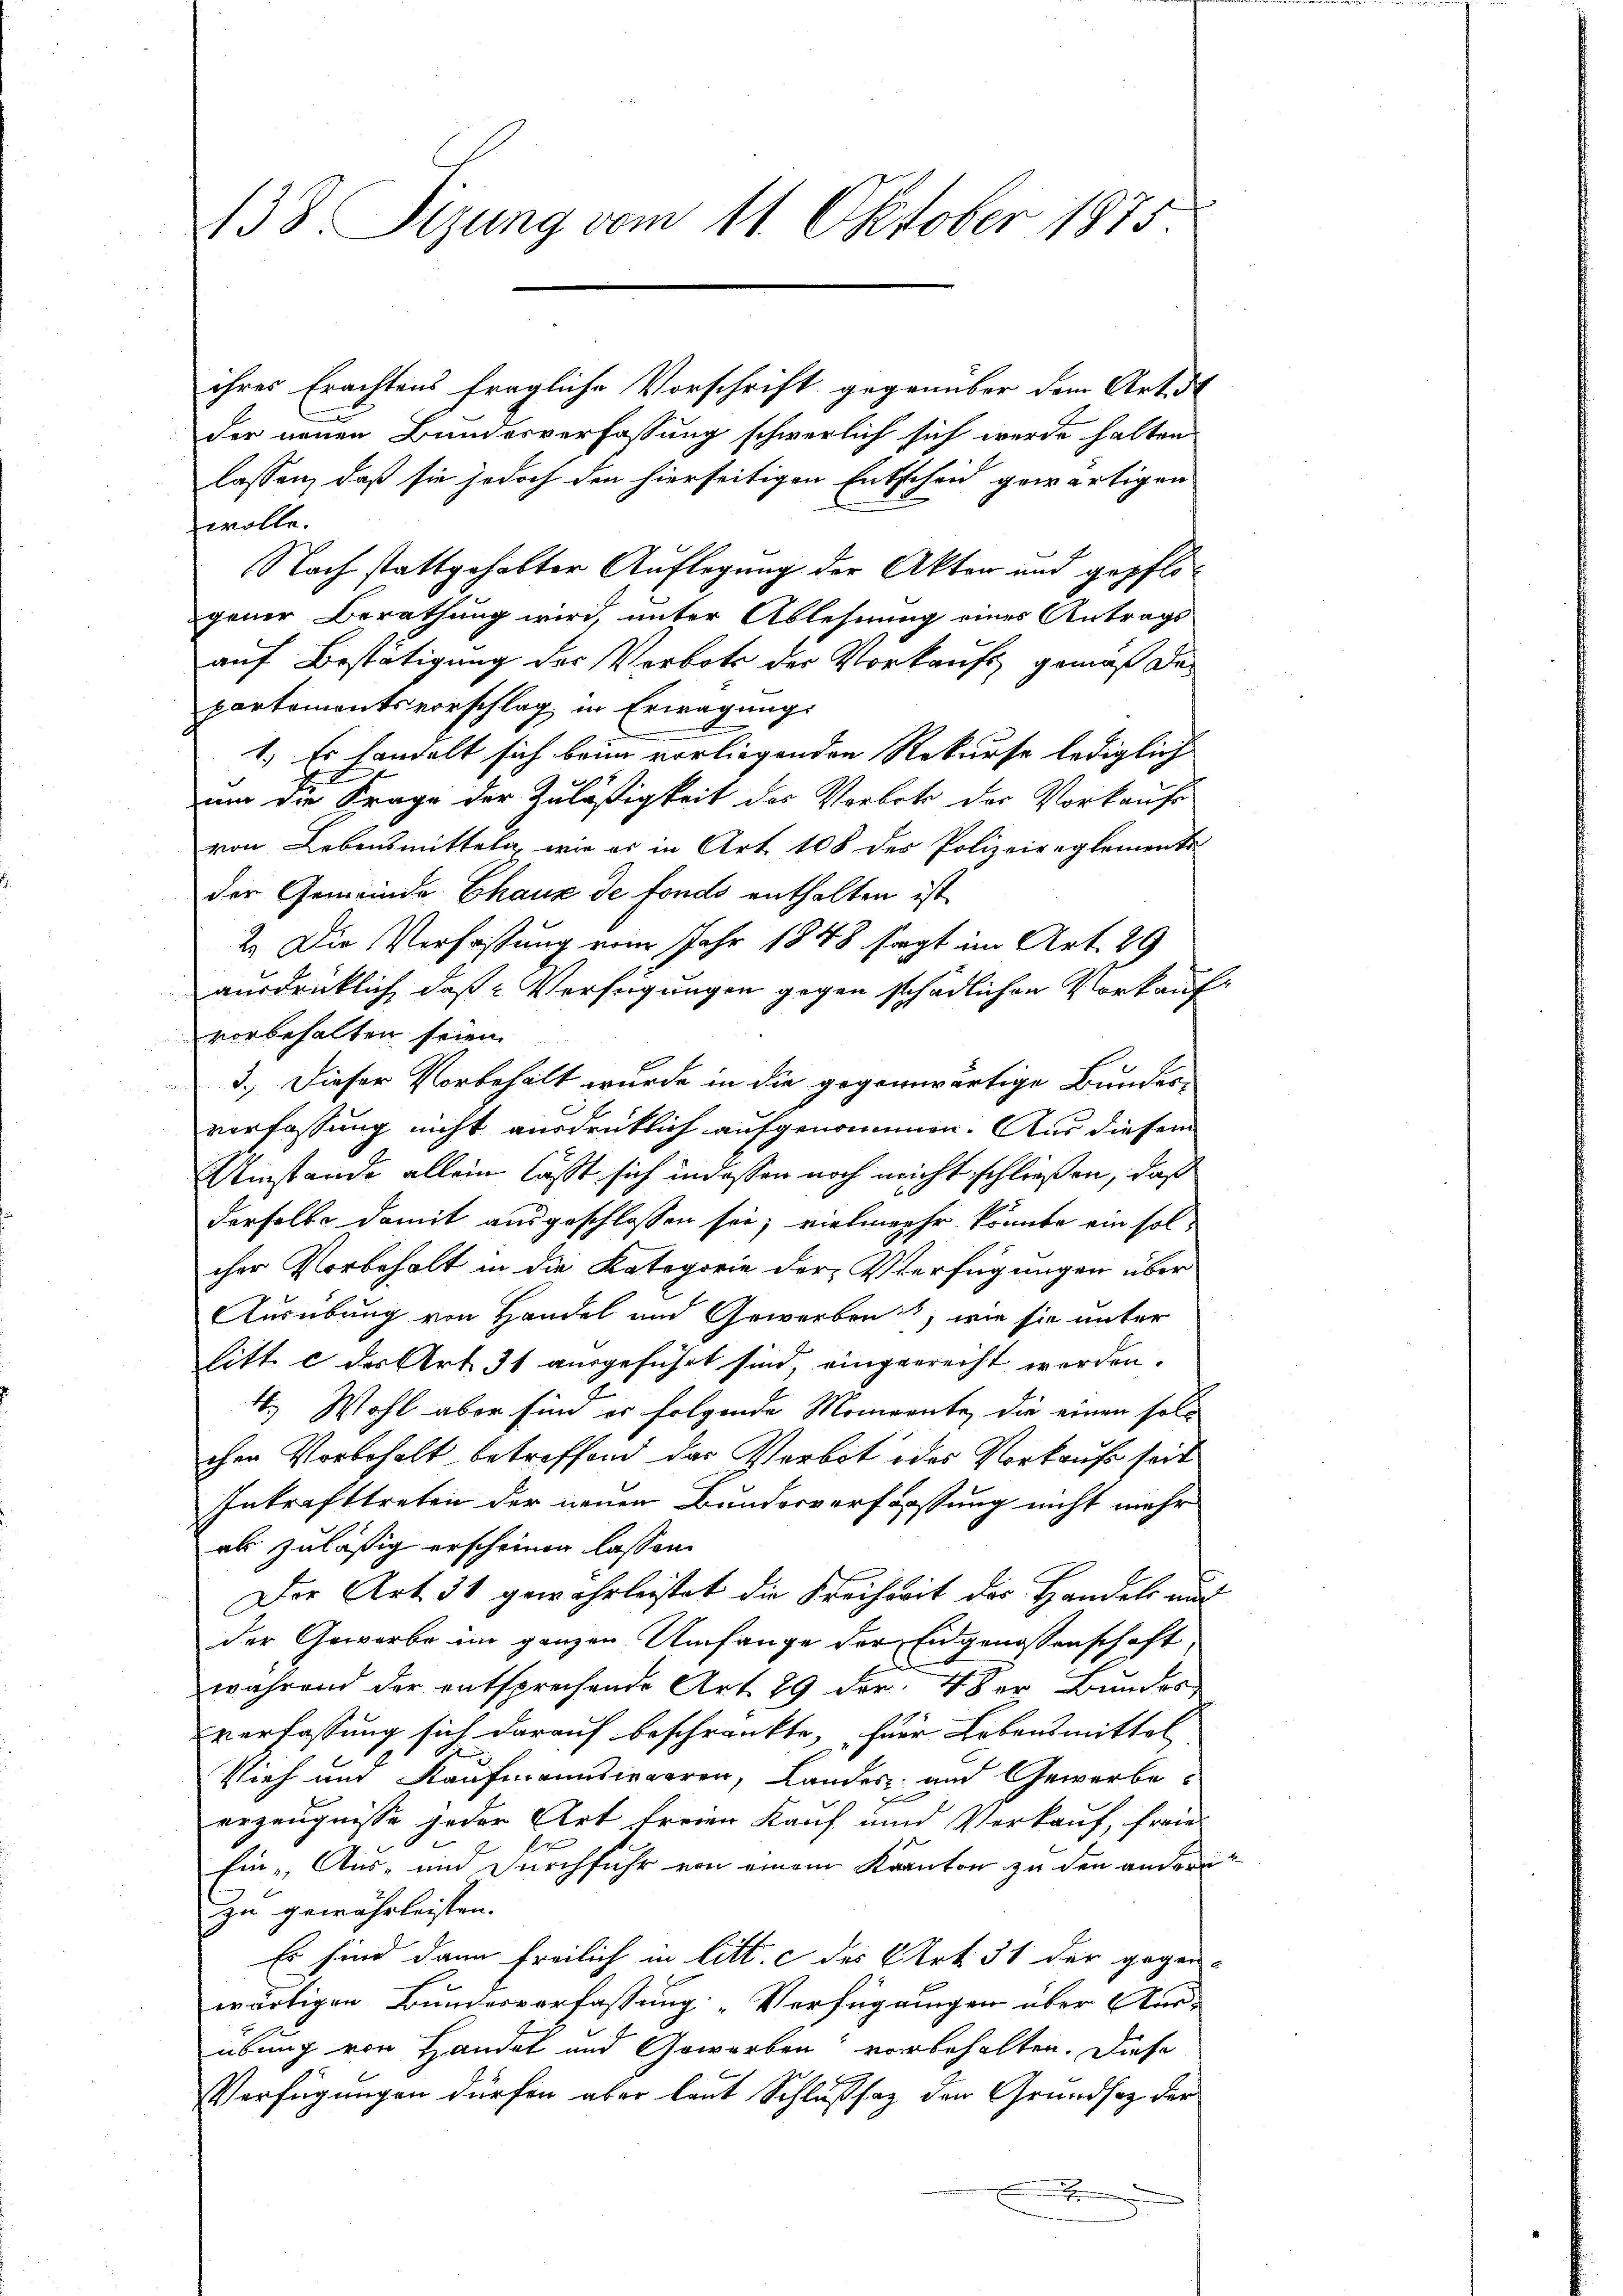
138. Sizung vom 11. Oktober 1875.

ihres Erachtens fragliche Vorschrift gegenüber dem Art d
l
der neuen Bundesverfassung schwerlich sich werde halten
lassen, daß sie jedoch den hierseitigen Entscheid gewärtigen
wolle.
Nach stattgehabter Auflegung der Akten und gepflogener Berathung wird, unter Ablehnung eines Antrags-
auf Bestätigung des Verbots der Vorkaufs gemäß das
partementsvorschlag in Erwägung:
pper mer
1.) Es handelt sich beim vorliegenden Rekurse lediglich
um die Frage der Zuläßigkeit des Vorbote der Vorkaufe
von Lebensmitteln, wie es in Art. 108 der Polizeireglements
der Gemeinde Chaux de fonds enthalten ist,
2. Die Verfassung vom Jahr 1848 sagt im Art. 29
ausdrücklich, daß Verfügungen gegen schädlichen Vorkaufvorbehalten seien
3.) Dieser Vorbehalt wurde in die gegenwärtige Bundes-
verfassung nicht ausdrüklich aufgenommen. Aus diesem
Umstände allein lasst sich indessen noch nicht schließen, daß
derselbe damit ausgeschlossen sei; vielmehr könnte ein solcher Vorbehalt in die Kategorie der Verfügungen über
Ausübung von Handel und Gewerben, wie sie unter
litt. c des Art. 31 ausgeführt sind, eingenrecht werden.
2
4.) Wohl aber sind er folgende Momente, die einen soll
chen Vorbehalt betreffend das Verbot des Vorkauf seit
Inkrafttreten der neuen Bundesverfassung nicht mehr
als zuläßig erscheinen lassen.
Der Art. 31 gewährleistet die Freiheit der Handels aus
der Gewerbe im ganzen Umfange der Eidgenossenschaft
während der entsprechende Art. 29 der 4 der Bundes
verfassung sich darauf beschränkte, für Lebensmittel
Vieh und Kaufmannswaaren, Landes- und Gewerbeerzeugnisse jeder Art freien Kauf und Verkauf, freie
Ein Aus- und Durchfuhr von einem Kanton zu den andern
Zu gewährleisten.
Es sind dann freilich in litt. c des Art. 31 der gegenwärtigen Bundesverfassung „Verfügungen über Aus-
übung von Handel und Gewerben vorbehalten. Diese
Verfügungen dürfen aber laut Schlußsaz den Grundsaz der